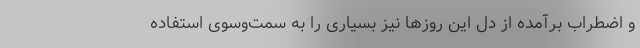
و اضطراب برآمده از دل این روزها نیز بسیاری را به سمت‌وسوی استفاده